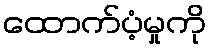
ထောက်ပံ့မှုကို